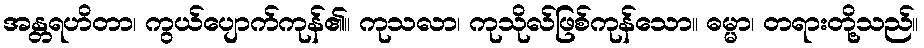
အန္တရဟိတာ၊ ကွယ်ပျောက်ကုန်၏။ ကုသလာ၊ ကုသိုလ်ဖြစ်ကုန်သော။ ဓမ္မာ၊ တရားတို့သည်။